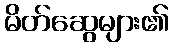
မိတ်ဆွေများ၏